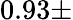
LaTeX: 0.93\pm